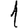
Digit: 1